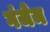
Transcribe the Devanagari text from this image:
गंजेम